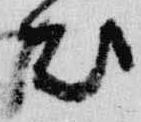
出